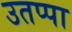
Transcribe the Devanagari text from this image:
उतप्पा